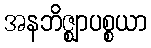
အနဘိဇ္ဈာပစ္စယာ